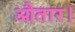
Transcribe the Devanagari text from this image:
औतार।